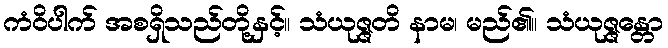
ကံဝိပါက် အစရှိသည်တို့နှင့်။ သံယုဇ္ဇတိ နာမ၊ မည်၏။ သံယုဇ္ဇန္တော